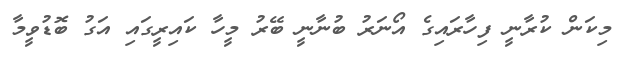
މިކަން ކުރާނީ ފިހާރައިގެ އޯނަރު ބުނާނީ ބޭރު މީހާ ކައިރީގައި އަގު ބޮޑުވީމާ